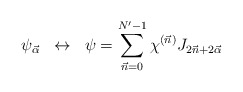
\begin{align*}\psi_{\vec\alpha} \;\; \leftrightarrow \;\;\psi=\sum_{\vec{n}=0}^{N'-1}\chi^{(\vec{n})}J_{2\vec{n}+2\vec{\alpha}} \end{align*}